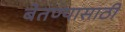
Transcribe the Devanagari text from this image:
बेतण्यासाठी